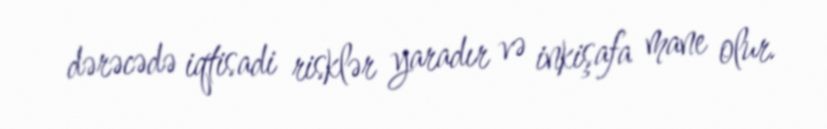
dərəcədə iqtisadi risklər yaradır və inkişafa mane olur.